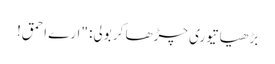
بڑھیا تیوری چڑھا کر بولی: "ارے احمق!